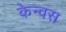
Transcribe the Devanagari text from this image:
केन्वस